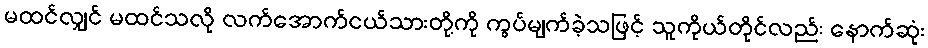
မထင်လျှင် မထင်သလို လက်အောက်ငယ်သားတို့ကို ကွပ်မျက်ခဲ့သဖြင့် သူကိုယ်တိုင်လည်း နောက်ဆုံး